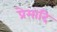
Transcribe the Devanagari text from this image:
प्रेमादि